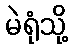
မဲရုံသို့